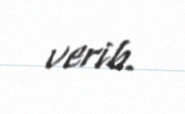
verib.